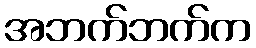
အဘက်ဘက်က